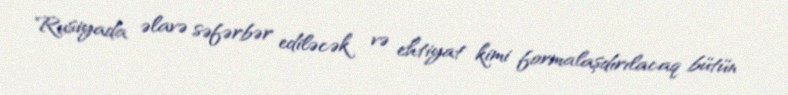
Rusiyada əlavə səfərbər ediləcək və ehtiyat kimi formalaşdırılacaq bütün